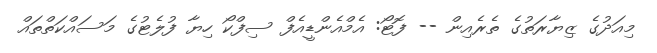
މިއަދުގެ ޒިޔާރަތުގެ ތެރެއިން -- ފޮޓޯ: އެމްއެންޑީއެފް ސިފްކޯ ހިޔާ ފުލެޓުގެ މަސައްކަތްތައް